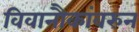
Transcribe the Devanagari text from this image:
विवानौकांवरुन